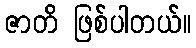
ဇာတိ ဖြစ်ပါတယ်။